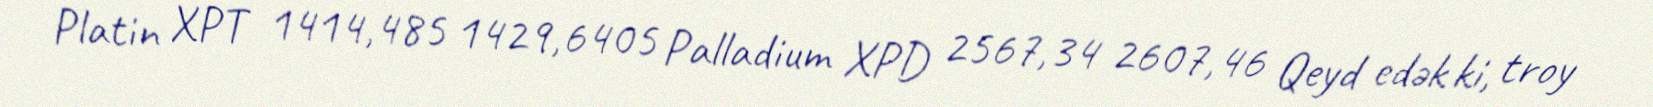
Platin XPT 1414,485 1429,6405 Palladium XPD 2567,34 2607,46 Qeyd edək ki, troy